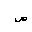
Letter: _sad